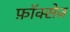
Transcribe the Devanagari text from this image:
फ़ॉक्सेज़